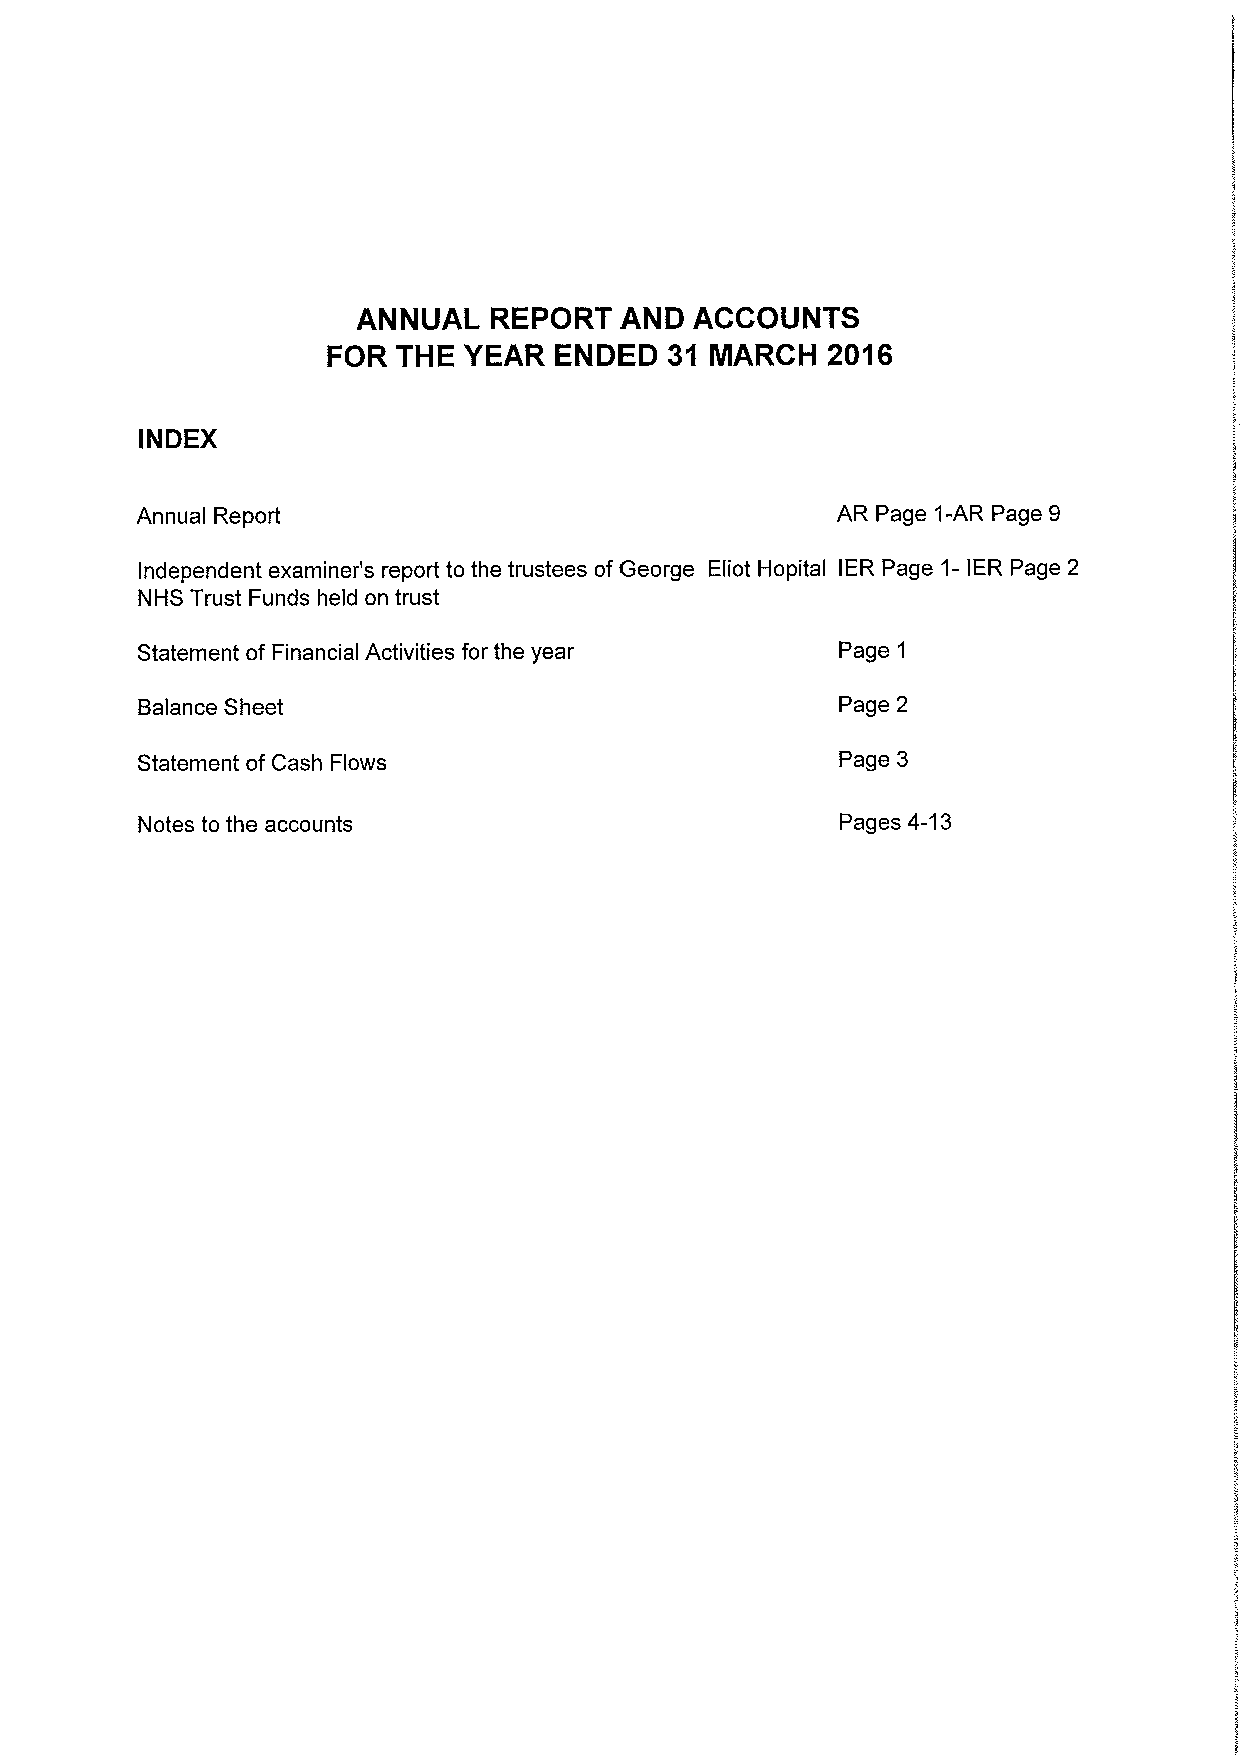
ANNUAL  REPORT   AND  ACCOUNTS
 FOR THE  YEAR  ENDED  3't MARCH  2016
 INDEX
 Annual Report                                 AR Page 1-AR Page 9
 Independent examiner's report to the trustees ofGeorge Eliot Hopital IER Page 1-IER Page 2
 NHS Trust Funds held on trust
 Statement of Financial Activities for the year Page 1
 Balance Sheet                                  Page 2
 Statement of Cash Flows                        Page 3
 Notes to the accounts                          Pages 4-13